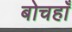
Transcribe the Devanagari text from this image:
बोचहाँ